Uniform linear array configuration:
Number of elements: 4
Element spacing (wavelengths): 1
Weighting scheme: blackman
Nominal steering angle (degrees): -15
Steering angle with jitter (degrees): -13.47
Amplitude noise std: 0.05
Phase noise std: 0.05

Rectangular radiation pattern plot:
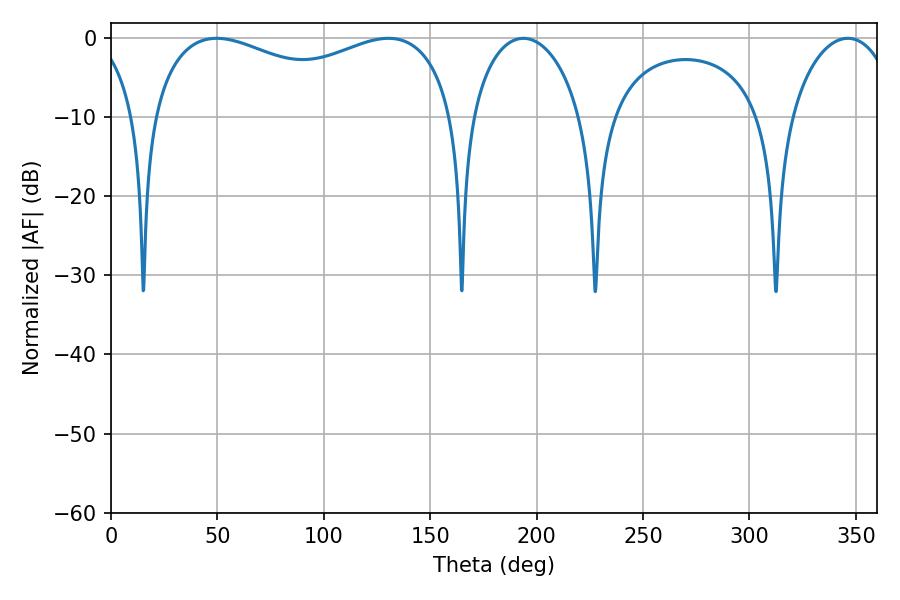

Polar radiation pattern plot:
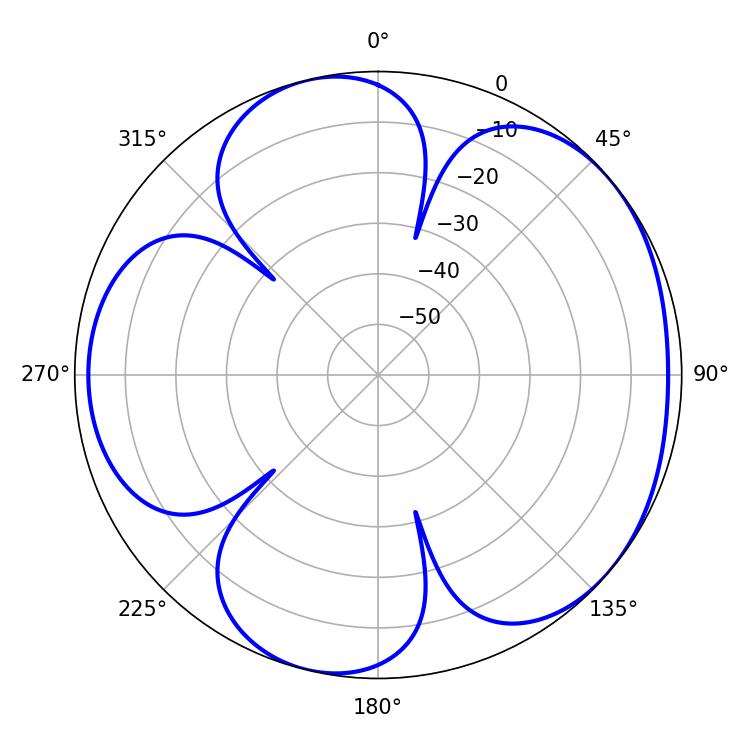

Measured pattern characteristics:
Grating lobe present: TRUE
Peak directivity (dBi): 4.783
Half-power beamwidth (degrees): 118.08
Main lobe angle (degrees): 49.68